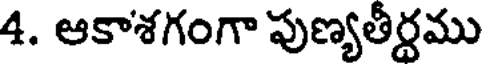
4. ఆకాశగంగా పుణ్యతీర్థము